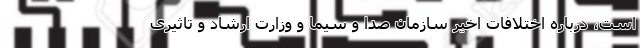
است، درباره اختلافات اخیر سازمان صدا و سیما و وزارت ارشاد و تاثیری